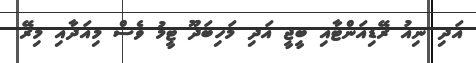
އަދި ނިއު ރޭޑިއަންޓާއި ބީޖީ އަދި މަހިބަދޫ ޓީމު ވެސް މިއަދާއި މިރޭ